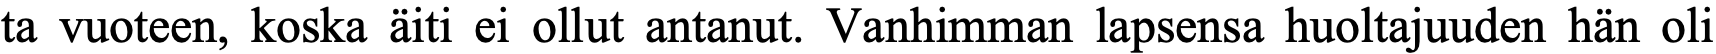
ta vuoteen, koska äiti ei ollut antanut. Vanhimman lapsensa huoltajuuden hän oli